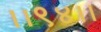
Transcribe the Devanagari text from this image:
।।९४।।